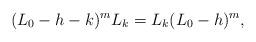
LaTeX: \begin{align*}(L_0 - h - k)^m L_k = L_k (L_0 - h)^m,\end{align*}